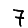
Digit: 7